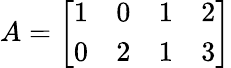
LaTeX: \begin{array}{r}{A=\left[\begin{array}{llll}{1}&{0}&{1}&{2}\\ {0}&{2}&{1}&{3}\end{array}\right]}\end{array}